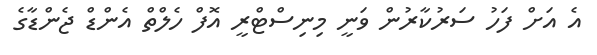
އެ އަށް ފަހު ސަރުކާރުން ވަނީ މިނިސްޓްރީ އޮފް ހެލްތް އެންޑް ޖެންޑާގެ